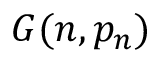
G ( n , p _ { n } )